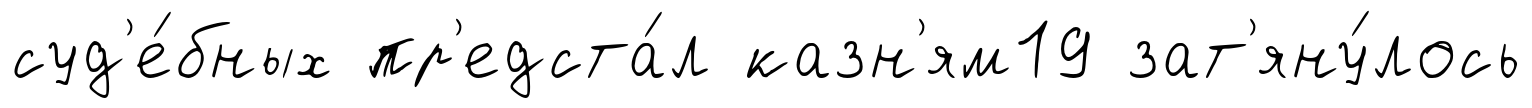
суд'е́бных пр'едста́л казн'ям19 зат'яну́лось